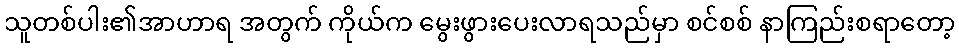
သူတစ်ပါး၏အာဟာရ အတွက် ကိုယ်က မွေးဖွားပေးလာရသည်မှာ စင်စစ် နာကြည်းစရာတော့